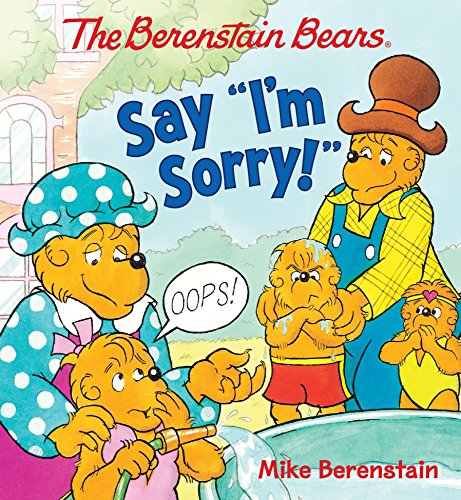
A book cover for The Berenstain Bears Say I'm Sorry!; Mike Berenstain; Children's Books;